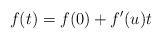
LaTeX: \begin{align*}f(t)=f(0)+f'(u)t\end{align*}